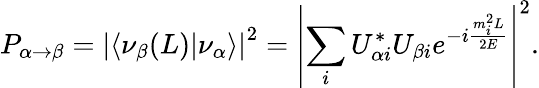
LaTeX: P_{\alpha\rightarrow\beta}=\left|\left\langle\left.\nu_{\beta}(L)\right|\nu_{\alpha}\right\rangle\right|^{2}=\left|\sum_{i}U_{\alpha i}^{*}U_{\beta i}e^{-i{\frac{m_{i}^{2}L}{2E}}}\right|^{2}.